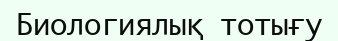
Биологиялық тотығу